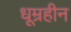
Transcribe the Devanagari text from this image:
धूम्रहीन